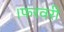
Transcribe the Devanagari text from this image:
।फरवरी